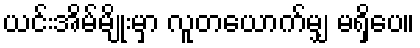
ယင်းအိမ်မျိုးမှာ လူတယောက်မျှ မရှိပေ။